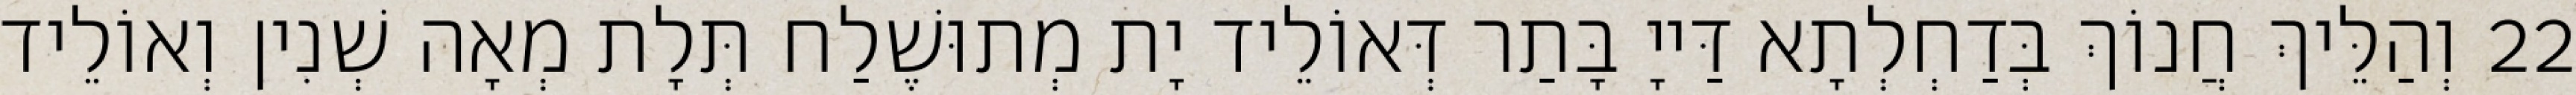
22 וְהַלֵּיךְ חֲנוֹךְ בְּדַחְלְתָא דַּייָ בָּתַר דְּאוֹלֵיד יָת מְתוּשֶׁלַח תְּלָת מְאָה שְׁנִין וְאוֹלֵיד